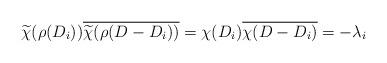
LaTeX: \begin{align*} \widetilde{\chi}(\rho(D_i)) \overline{\widetilde{\chi}(\rho(D-D_i))}=\chi(D_i)\overline{\chi(D-D_i)}=-\lambda_i \end{align*}